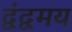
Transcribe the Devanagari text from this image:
द्वंद्वमय